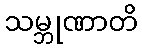
သမ္ဘုဏာတိ